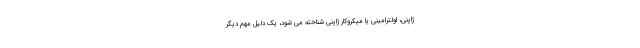
ژاپنی، اولترامینی یا میکروکار ژاپنی شناخته می شود، یک دلیل مهم دیگر